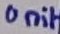
Text: Unit